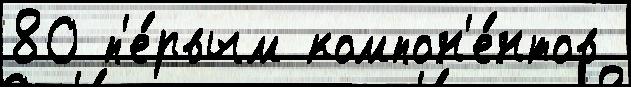
80 п'е́рвым компон'е́нтов